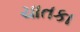
ચાતકા